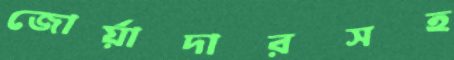
জোর্য়াদারসহ